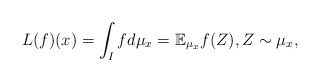
\begin{align*}L(f)(x) = \int_I f d\mu_x = \mathbb{E}_{\mu_x} f(Z), Z\sim \mu_x,\end{align*}